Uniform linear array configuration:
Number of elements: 64
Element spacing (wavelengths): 0.25
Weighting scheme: cosine
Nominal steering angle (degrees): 15
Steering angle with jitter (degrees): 13.77
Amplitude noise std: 0.05
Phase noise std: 0.05

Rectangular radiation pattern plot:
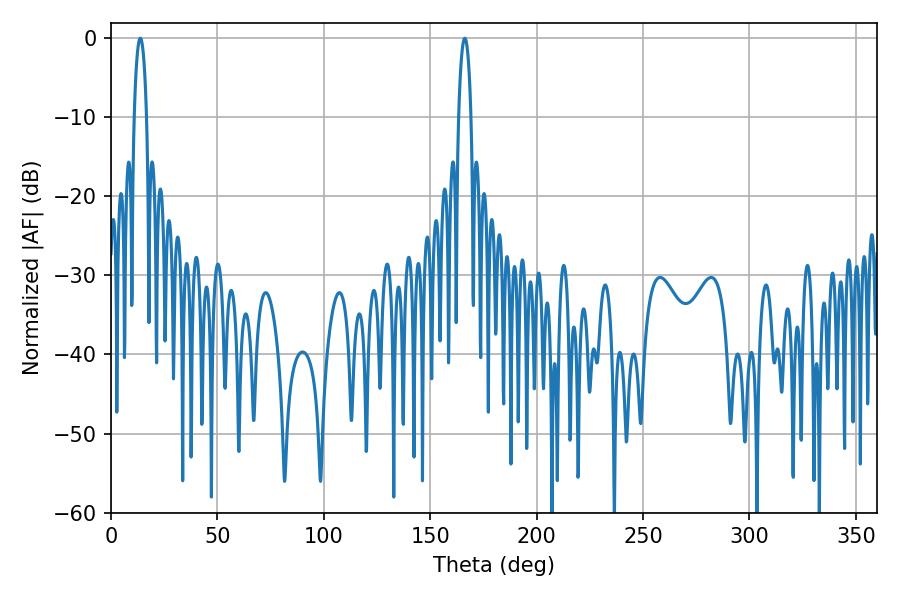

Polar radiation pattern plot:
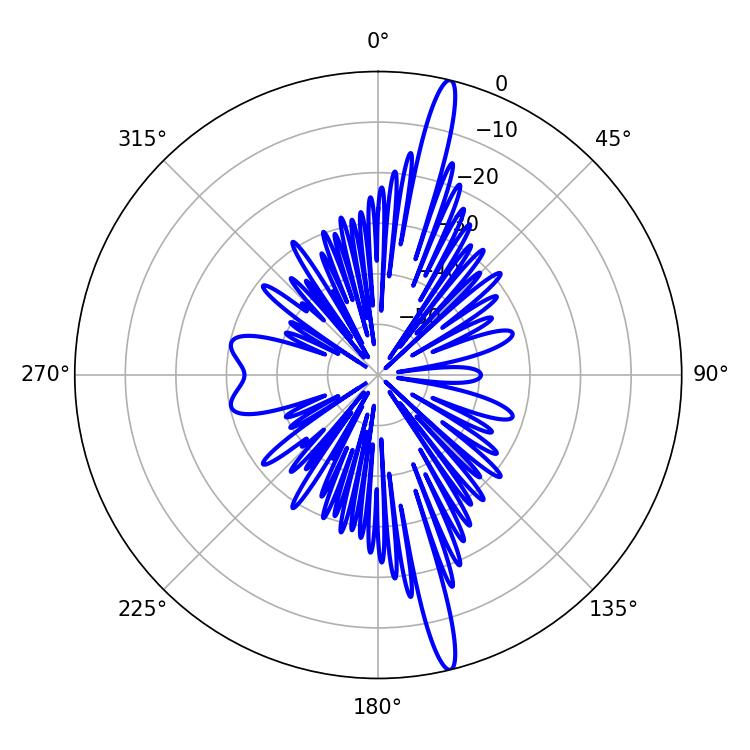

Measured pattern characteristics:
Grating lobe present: FALSE
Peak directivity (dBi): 18.155
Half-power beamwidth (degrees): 3.42
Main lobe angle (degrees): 13.68